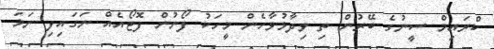
ކްރައިމް ސީނުގެ ބޭރުން ތި ވިދާޅުވާހެން މީހަކު ފޯނުން ފޮޓޯއެއް ނަގައިފި ނަމަ